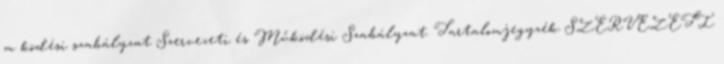
m ködési szabályzat Szervezeti és Működési Szabályzat. Tartalomjegyzék SZERVEZETI